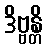
ဒိဗ္ဗန္တိ